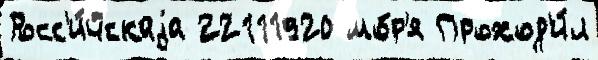
Росс'и́йскаjа 22111920 мо́р'я Проход'и́л